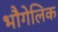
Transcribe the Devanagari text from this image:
भौगेलिक